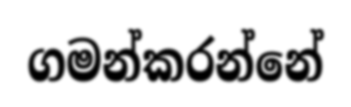
ගමන්කරන්නේ